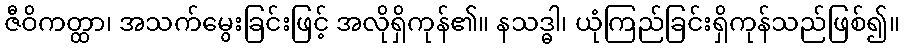
ဇီဝိကတ္ထာ၊ အသက်မွေးခြင်းဖြင့် အလိုရှိကုန်၏။ နသဒ္ဓါ၊ ယုံကြည်ခြင်းရှိကုန်သည်ဖြစ်၍။